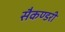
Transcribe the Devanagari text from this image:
सैकण्‍डरी